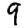
Digit: 9